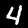
Label: 4